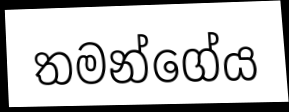
තමන්ගේය